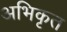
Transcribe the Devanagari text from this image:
अभिकृत